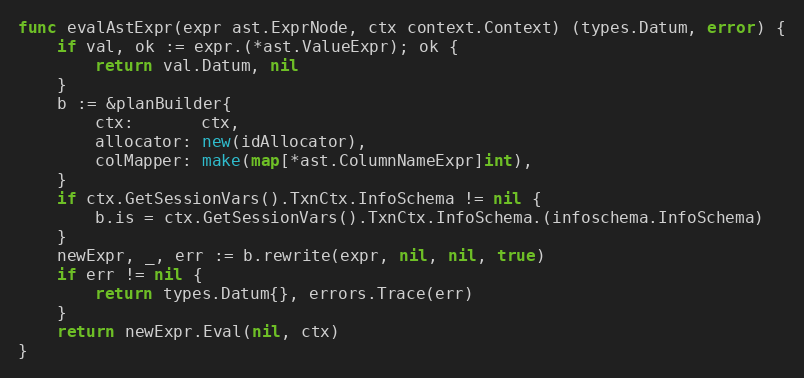
Language: Go
func evalAstExpr(expr ast.ExprNode, ctx context.Context) (types.Datum, error) {
	if val, ok := expr.(*ast.ValueExpr); ok {
		return val.Datum, nil
	}
	b := &planBuilder{
		ctx:       ctx,
		allocator: new(idAllocator),
		colMapper: make(map[*ast.ColumnNameExpr]int),
	}
	if ctx.GetSessionVars().TxnCtx.InfoSchema != nil {
		b.is = ctx.GetSessionVars().TxnCtx.InfoSchema.(infoschema.InfoSchema)
	}
	newExpr, _, err := b.rewrite(expr, nil, nil, true)
	if err != nil {
		return types.Datum{}, errors.Trace(err)
	}
	return newExpr.Eval(nil, ctx)
}